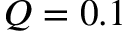
Q = 0 . 1